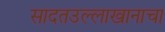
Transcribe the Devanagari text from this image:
सादतउल्लाखानाचा